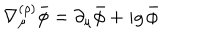
\nabla _ { \mu } ^ { ( \rho ) } \bar { \phi } = \partial _ { \mu } \bar { \phi } + i g \, \bar { \phi }